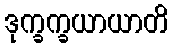
ဒုက္ခက္ခယာယာတိ